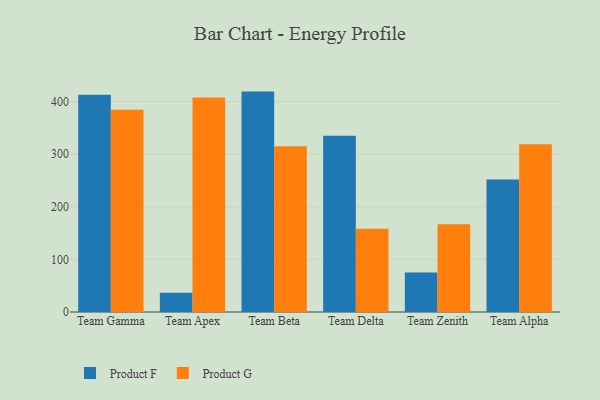
{"axis": {"x": "Team", "y": "Shipments"}, "legend": ["Product F", "Product G"], "data": [{"x": "Team Gamma", "y": 412.8, "type": "Product F"}, {"x": "Team Gamma", "y": 384.5, "type": "Product G"}, {"x": "Team Apex", "y": 36.8, "type": "Product F"}, {"x": "Team Apex", "y": 407.5, "type": "Product G"}, {"x": "Team Beta", "y": 418.9, "type": "Product F"}, {"x": "Team Beta", "y": 315.2, "type": "Product G"}, {"x": "Team Delta", "y": 335.1, "type": "Product F"}, {"x": "Team Delta", "y": 158.3, "type": "Product G"}, {"x": "Team Zenith", "y": 75.3, "type": "Product F"}, {"x": "Team Zenith", "y": 166.8, "type": "Product G"}, {"x": "Team Alpha", "y": 251.9, "type": "Product F"}, {"x": "Team Alpha", "y": 319.0, "type": "Product G"}]}